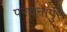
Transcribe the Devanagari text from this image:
परधनापुर